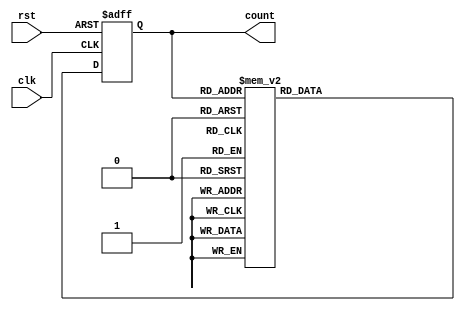
module gray_counter (
    input wire clk,
    input wire rst,
    output reg [3:0] count
);

reg [3:0] next_count;

always @(posedge clk or posedge rst) begin
    if (rst) begin
        count <= 4'b0000;
    end else begin
        count <= next_count;
    end
end

always @(*) begin
    case (count)
        4'b0000: next_count = 4'b0001;
        4'b0001: next_count = 4'b0011;
        4'b0011: next_count = 4'b0010;
        4'b0010: next_count = 4'b0110;
        4'b0110: next_count = 4'b0111;
        4'b0111: next_count = 4'b0101;
        4'b0101: next_count = 4'b0100;
        4'b0100: next_count = 4'b1100;
        4'b1100: next_count = 4'b1101;
        4'b1101: next_count = 4'b1111;
        4'b1111: next_count = 4'b1110;
        4'b1110: next_count = 4'b1010;
        4'b1010: next_count = 4'b1011;
        4'b1011: next_count = 4'b1001;
        4'b1001: next_count = 4'b1000;
        4'b1000: next_count = 4'b0000;
    endcase
end

endmodule